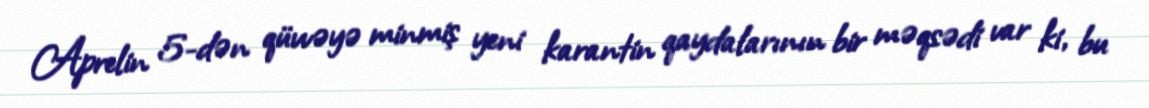
Aprelin 5-dən qüvvəyə minmiş yeni karantin qaydalarının bir məqsədi var ki, bu